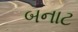
બનાટ